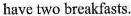
have two breakfasts.